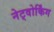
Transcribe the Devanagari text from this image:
नेट्वोर्किंग